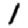
Digit: 1